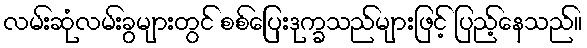
လမ်းဆုံလမ်းခွများတွင် စစ်ပြေးဒုက္ခသည်များဖြင့် ပြည့်နေသည်။